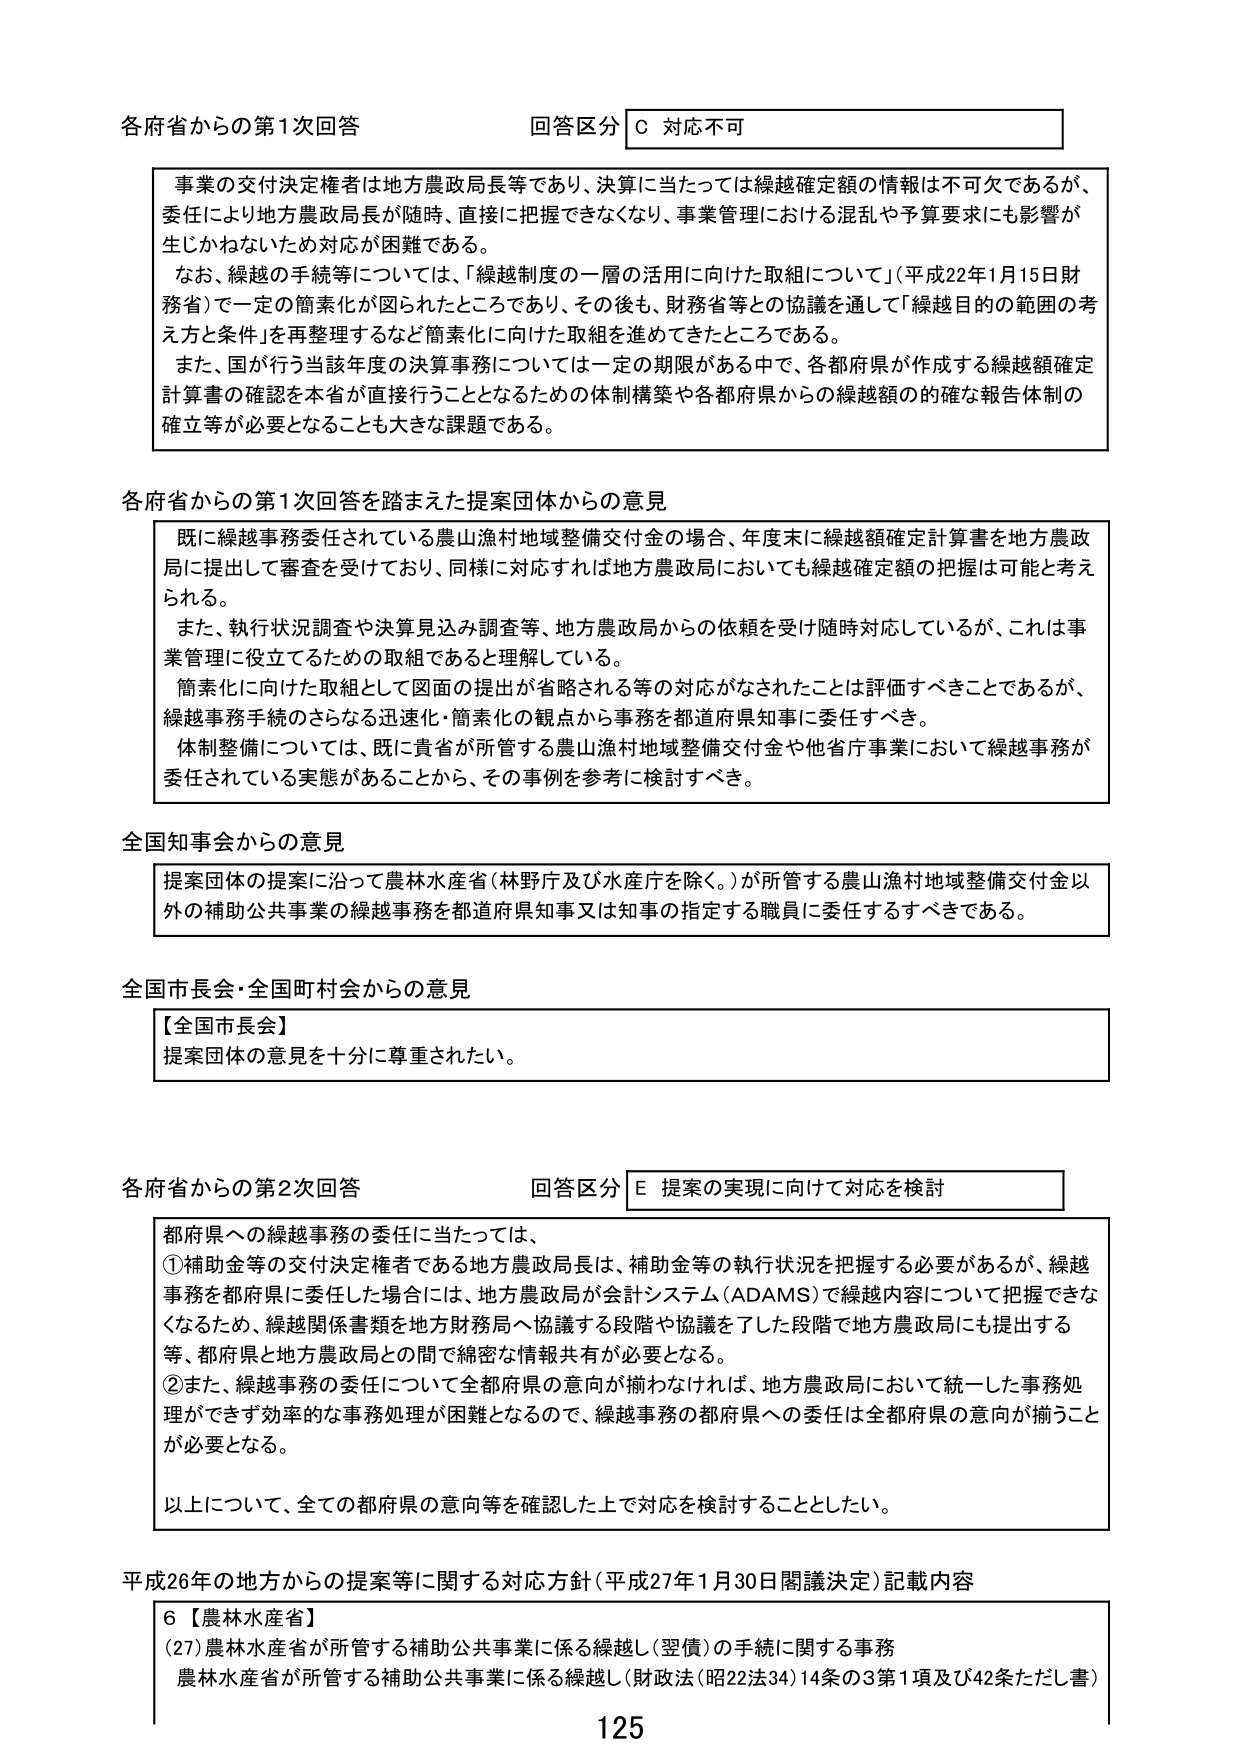
各府省からの第1次回答 回答区分 C 対応不可

事業の交付決定権者は地方農政局長等であり、決算に当たっては繰越確定額の情報は不可欠であるが、
委任により地方農政局長が随時、直接に把握できなくなり、事業管理における混乱や予算要求にも影響が
生じかねないため対応が困難である。
なお、繰越の手続等については、「繰越制度の一層の活用に向けた取組について」（平成22年1月15日財
務省）で一定の簡素化が図られたところであり、その後も、財務省等との協議を通じて「繰越目的の範囲の考
え方と条件」を再整理するなど簡素化に向けた取組を進めてきたところである。
また、国が行う当該年度の決算事務については一定の期限がある中で、各都府県が作成する繰越額確定
計算書の確認を本省が直接行うこととなるための体制構築や各都府県からの繰越額の的確な報告体制の
確立等が必要となることも大きな課題である。

各府省からの第1次回答を踏まえた提案団体からの意見

既に繰越事務委任されている農山漁村地域整備交付金の場合、年度末に繰越額確定計算書を地方農政
局に提出して審査を受けており、同様に対応すれば地方農政局においても繰越確定額の把握は可能と考え
られる。
また、執行状況調査や決算見込み調査等、地方農政局からの依頼を受け随時対応しているが、これは事
業管理に役立てるための取組であると理解している。
簡素化に向けた取組として図面の提出が省略される等の対応がなされたことは評価すべきことであるが、
繰越事務手続のさらなる迅速化・簡素化の観点から事務を都道府県知事に委任すべき。
体制整備については、既に貴省が所管する農山漁村地域整備交付金や他省庁事業において繰越事務が
委任されている実態があることから、その事例を参考に検討すべき。

全国知事会からの意見

提案団体の提案に沿って農林水産省（林野庁及び水産庁を除く。）が所管する農山漁村地域整備交付金以
外の補助公共事業の繰越事務を都道府県知事又は知事の指定する職員に委任するすべきである。

全国市長会・全国町村会からの意見

【全国市長会】
提案団体の意見を十分に尊重されたい。

各府省からの第2次回答 回答区分 E 提案の実現に向けて対応を検討

都府県への繰越事務の委任に当たっては、
①補助金等の交付決定権者である地方農政局長は、補助金等の執行状況を把握する必要があるが、繰越
事務を都府県に委任した場合には、地方農政局が会計システム（ADAMS）で繰越内容について把握できな
くなるため、繰越関係書類を地方財政局へ協議する段階や協議を了した段階で地方農政局にも提出する
等、都府県と地方農政局との間で綿密な情報共有が必要となる。
②また、繰越事務の委任について全都府県の意向が揃わなければ、地方農政局において統一した事務処
理ができる効率的な事務処理が困難となるので、繰越事務の都府県への委任は全都府県の意向が揃うこと
が必要となる。
以上について、全ての都府県の意向等を確認した上で対応を検討することとしたい。

平成26年の地方からの提案等に関する対応方針（平成27年1月30日閣議決定）記載内容

6【農林水産省】
(27)農林水産省が所管する補助公共事業に係る繰越（翌債）の手続に関する事務
農林水産省が所管する補助公共事業に係る繰越（財政法（昭22法34）14条の3第1項及び42条ただし書）

125